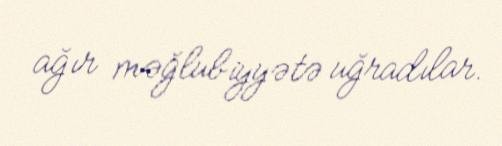
ağır məğlubiyyətə uğradılar.